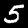
Digit: 5